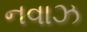
નવાઝ